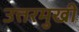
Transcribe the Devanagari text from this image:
उत्तरमुखी